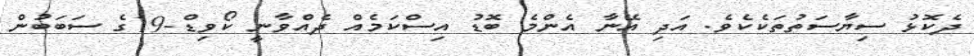
ދެކޮޅު ސިޔާސަތުތަކެކެވެ. އަދި އޭނާ އެންމެ ބޮޑު އިސްކަމެއް ދެއްވާނީ ކޯވިޑް-19ގެ ސަބަބުން